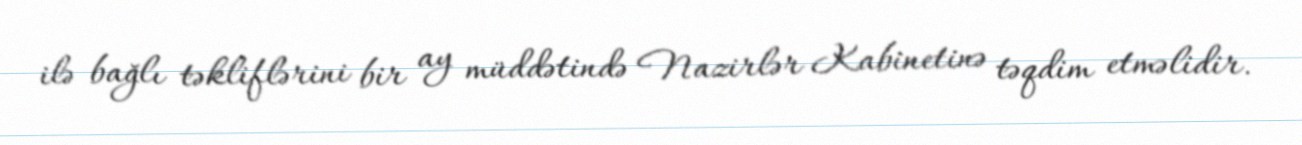
ilə bağlı təkliflərini bir ay müddətində Nazirlər Kabinetinə təqdim etməlidir.